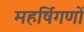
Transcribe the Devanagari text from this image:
महर्षिगणों